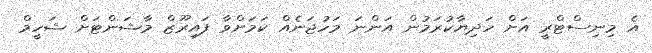
އެ މިނިސްޓްރީ އަށް ހަދިޔާކުރަމުން އަންނަ މަހުޖަނެއް ކަމަށްވާ ފައިރޫޒް މާޝަންޓަށް ޝަހީމް